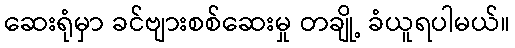
ဆေးရုံမှာ ခင်ဗျားစစ်ဆေးမှု တချို့ ခံယူရပါမယ်။